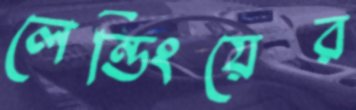
লেন্ডিংয়ের